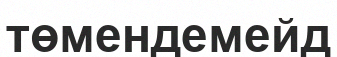
төмендемейд